Piroplasma canis and its life cycle in the tick - Number 29
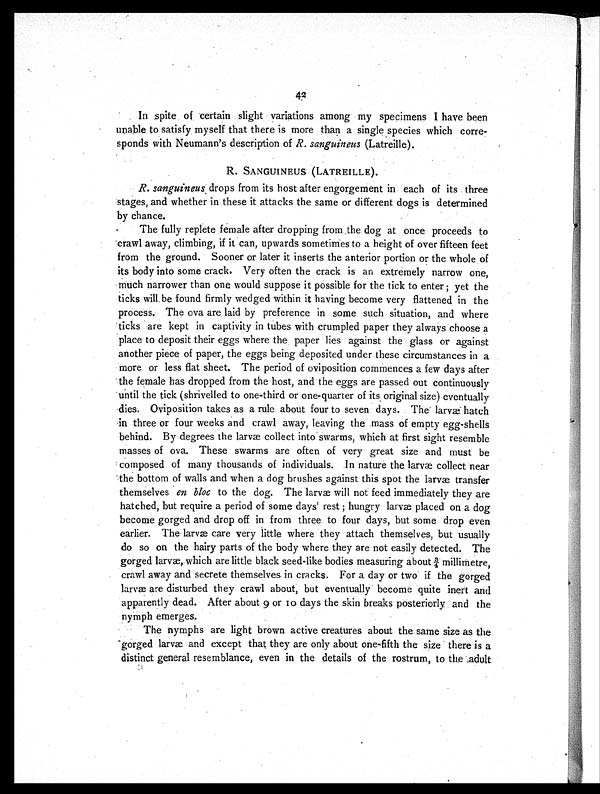
In spite of certain slight variations among my specimens I have been
unable to satisfy myself that there is more than a single species which corre-
sponds with Neumann's description of R. sanguineus (Latreille).
R. SANGUINEUS (LATREILLE).
R. sanguineus drops from its host after engorgement in each of its three
stages, and whether in these it attacks the same or different dogs is determined
by chance.
The fully replete female after dropping from the dog at once proceeds to
crawl away, climbing, if it can, upwards sometimes to a height of over fifteen feet
from the ground. Sooner or later it inserts the anterior portion or the whole of
its body into some crack. Very often the crack is an extremely narrow one,
much narrower than one would suppose it possible for the tick to enter; yet the
ticks will be found firmly wedged within it having become very flattened in the
process. The ova are laid by preference in some such situation, and where
ticks are kept in captivity in tubes with crumpled paper they always choose a
place to deposit their eggs where the paper lies against the glass or against
another piece of paper, the eggs being deposited under these circumstances in a
more or less flat sheet. The period of oviposition commences a few days after
the female has dropped from the host, and the eggs are passed out continuously
until the tick (shrivelled to one-third or one-quarter of its original size) eventually
dies. Oviposition takes as a rule about four to seven days. The larvæ hatch
in three or four weeks and crawl away, leaving the mass of empty egg-shells
behind. By degrees the larvæ collect into swarms, which at first sight resemble
masses of ova. These swarms are often of very great size and must be
composed of many thousands of individuals. In nature the larvæ collect near
the bottom of walls and when a dog brushes against this spot the larvæ transfer
themselves en bloc to the dog. The larvæ will not feed immediately they are
hatched, but require a period of some days' rest; hungry larvæ placed on a dog
become gorged and drop off in from three to four days, but some drop even
earlier. The larvæ care very little where they attach themselves, but usually
do so on the hairy parts of the body where they are not easily detected. The
gorged larvæ, which are little black seed-like bodies measuring about ¾ millimetre,
crawl away and secrete themselves in cracks. For a day or two if the gorged
larvæ are disturbed they crawl about, but eventually become quite inert and
apparently dead. After about 9 or 10 days the skin breaks posteriorly and the
nymph emerges.
The nymphs are light brown active creatures about the same size as the
gorged larvæ and except that they are only about one-fifth the size there is a
distinct general resemblance, even in the details of the rostrum, to the adult